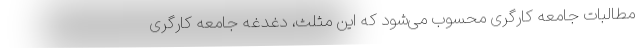
مطالبات جامعه کارگری محسوب می‌شود که این مثلث، دغدغه جامعه کارگری